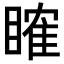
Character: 𥉑